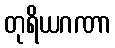
တုရိယဂဏာ